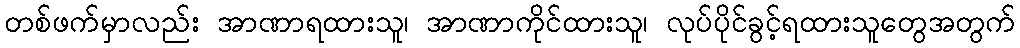
တစ်ဖက်မှာလည်း အာဏာရထားသူ၊ အာဏာကိုင်ထားသူ၊ လုပ်ပိုင်ခွင့်ရထားသူတွေအတွက်